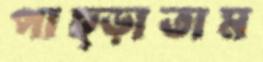
পাছ্‌ড়াতাম